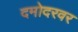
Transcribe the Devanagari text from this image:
दमोदरवर